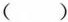
()